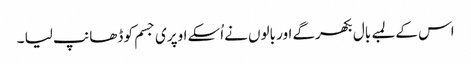
اس کے لمبے بال بکھرگے اور بالوں نےاُسکے اوپری جسم کو ڈھانپ لیا ۔